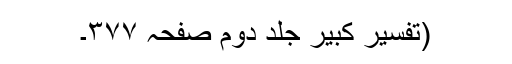
(تفسیر کبیر جلد دوم صفحہ ۳۷۷۔